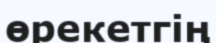
өрекетгің